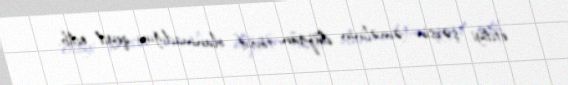
etdiyi şəxsin əməlinin düzgün tövsif olunmadığını qeyd edib.